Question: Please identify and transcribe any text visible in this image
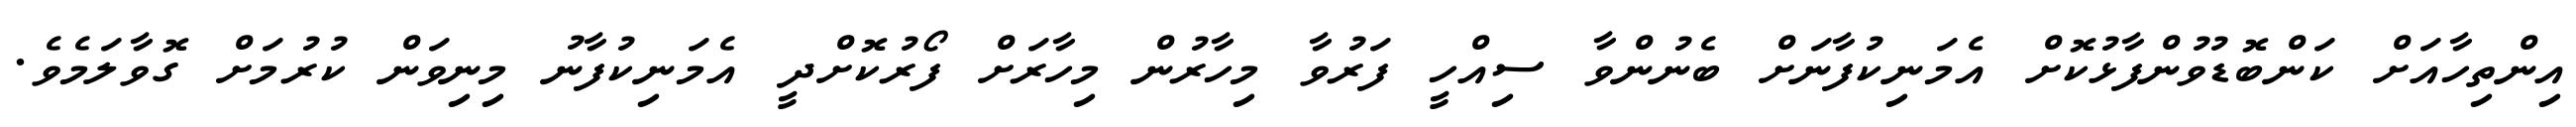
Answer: އިންތިހާއަށް ކަންބޮޑުވުންފާޅުކޮށް އެމަނިކުފާނަށް ބެނުންވާ ސިއްހީ ފަރުވާ މިހާރުން މިހާރަށް ފޯރުކޮށްދީ އެމަނިކުފާނު މިނިވަން ކުރުމަށް ގޮވާލަމެވެ.